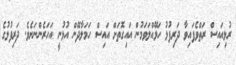
ރުޅިއައިސް ރަތްވެފައިވާ ދަރިފުޅު ހަޅޭއްލަވަމުން އައިގޮތަށް އައިސް ހަމަލާދޭން އުޅުނީ އަހަރެންނަށެވެ. ދަރިފުޅުގެ